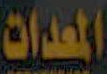
المعدات